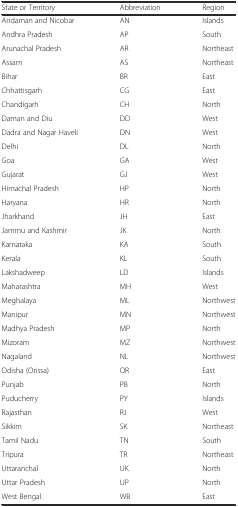
<table><thead><tr><td><b>State or Territory</b></td><td><b>Abbreviation</b></td><td><b>Region</b></td></tr></thead><tbody><tr><td>Andaman and Nicobar</td><td>AN</td><td>Islands</td></tr><tr><td>Andhra Pradesh</td><td>AP</td><td>South</td></tr><tr><td>Arunachal Pradesh</td><td>AR</td><td>Northeast</td></tr><tr><td>Assam</td><td>AS</td><td>Northeast</td></tr><tr><td>Bihar</td><td>BR</td><td>East</td></tr><tr><td>Chhattisgarh</td><td>CG</td><td>East</td></tr><tr><td>Chandigarh</td><td>CH</td><td>North</td></tr><tr><td>Daman and Diu</td><td>DD</td><td>West</td></tr><tr><td>Dadra and Nagar Haveli</td><td>DN</td><td>West</td></tr><tr><td>Delhi</td><td>DL</td><td>North</td></tr><tr><td>Goa</td><td>GA</td><td>West</td></tr><tr><td>Gujarat</td><td>GJ</td><td>West</td></tr><tr><td>Himachal Pradesh</td><td>HP</td><td>North</td></tr><tr><td>Haryana</td><td>HR</td><td>North</td></tr><tr><td>Jharkhand</td><td>JH</td><td>East</td></tr><tr><td>Jammu and Kashmir</td><td>JK</td><td>North</td></tr><tr><td>Karnataka</td><td>KA</td><td>South</td></tr><tr><td>Kerala</td><td>KL</td><td>South</td></tr><tr><td>Lakshadweep</td><td>LD</td><td>Islands</td></tr><tr><td>Maharashtra</td><td>MH</td><td>West</td></tr><tr><td>Meghalaya</td><td>ML</td><td>Northwest</td></tr><tr><td>Manipur</td><td>MN</td><td>Northwest</td></tr><tr><td>Madhya Pradesh</td><td>MP</td><td>North</td></tr><tr><td>Mizoram</td><td>MZ</td><td>Northwest</td></tr><tr><td>Nagaland</td><td>NL</td><td>Northwest</td></tr><tr><td>Odisha (Orissa)</td><td>OR</td><td>East</td></tr><tr><td>Punjab</td><td>PB</td><td>North</td></tr><tr><td>Puducherry</td><td>PY</td><td>Islands</td></tr><tr><td>Rajasthan</td><td>RJ</td><td>West</td></tr><tr><td>Sikkim</td><td>SK</td><td>Northeast</td></tr><tr><td>Tamil Nadu</td><td>TN</td><td>South</td></tr><tr><td>Tripura</td><td>TR</td><td>Northeast</td></tr><tr><td>Uttaranchal</td><td>UK</td><td>North</td></tr><tr><td>Uttar Pradesh</td><td>UP</td><td>North</td></tr><tr><td>West Bengal</td><td>WB</td><td>East</td></tr></tbody></table>